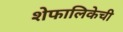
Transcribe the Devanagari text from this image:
शेफालिकेची